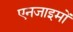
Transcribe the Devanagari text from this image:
एनजाइमों